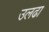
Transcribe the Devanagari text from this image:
उलढा